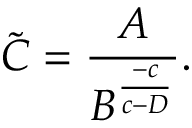
\widetilde C = \frac { A } { B ^ { \frac { - c } { c - D } } } .